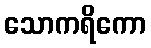
သောကရိကော